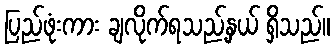
ပြည်ဖုံးကား ချလိုက်ရသည့်နှယ် ရှိသည်။